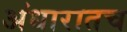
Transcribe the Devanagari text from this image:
अंधारातच